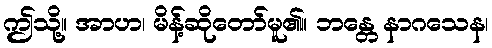
ဤသို့။ အာဟ၊ မိန့်ဆိုတော်မူ၏။ ဘန္တေ နာဂသေန၊